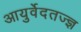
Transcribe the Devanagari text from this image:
आयुर्वेदतज्ज्ञ